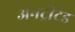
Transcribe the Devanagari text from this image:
अनट्रीटेड